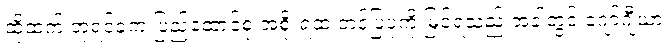
ထို့ထက် ဘုရင်ခံက ပြည်ထောင်စု အစိုးရထံ တင်ပြပုံကို မြင်ရသည့် အခါတွင် ဂျော်ဂျီယာ